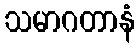
သမာဂတာနံ